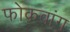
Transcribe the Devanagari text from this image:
फोकवांग